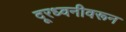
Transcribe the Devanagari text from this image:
दूरध्वनीवरून